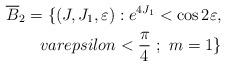
LaTeX: \begin{align*}\overline{B}_2= \{ (J,J_1,\varepsilon) : e^{4J_1} < \cos 2\varepsilon,\\varepsilon < \frac{\pi}{4} \ ; \ m = 1 \}\end{align*}